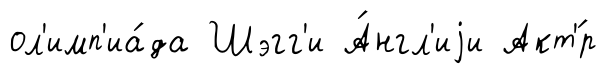
ол'имп'иа́да Шэгг'и А́нгл'иjи Акт'́р